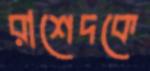
রাশেদকে